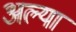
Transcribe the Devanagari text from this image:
अल्या